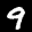
Digit: 9